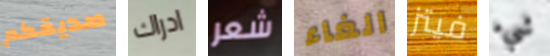
صديقكم ادراك شعر الغاء فيتز شيء